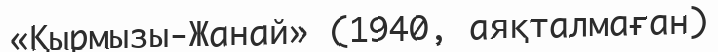
«Қырмызы-Жанай» (1940, аяқталмаған)